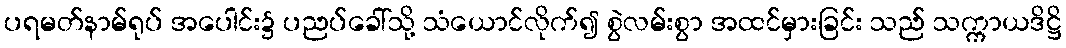
ပရမတ်နာမ်ရုပ် အပေါင်း၌ ပညပ်ခေါ်သို့ သံယောင်လိုက်၍ စွဲလမ်းစွာ အထင်မှားခြင်း သည် သက္ကာယဒိဋ္ဌိ